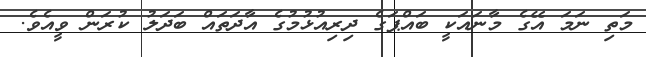
މަތި ނަމަ އޭގެ މާނައަކީ ބައްޕަގެ ދިރިއުޅުމުގެ އާދަތައް ބަދަލު ކުރަން ވީއެވެ.